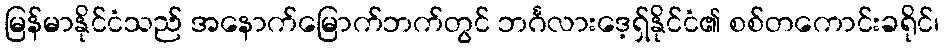
မြန်မာနိုင်ငံသည် အနောက်မြောက်ဘက်တွင် ဘင်္ဂလားဒေ့ရှ်နိုင်ငံ၏ စစ်တကောင်းခရိုင်၊